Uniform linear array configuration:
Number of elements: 64
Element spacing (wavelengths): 0.25
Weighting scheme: binomial
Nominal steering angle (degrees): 0
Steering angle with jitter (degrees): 0.5092
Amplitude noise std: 0.05
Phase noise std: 0.05

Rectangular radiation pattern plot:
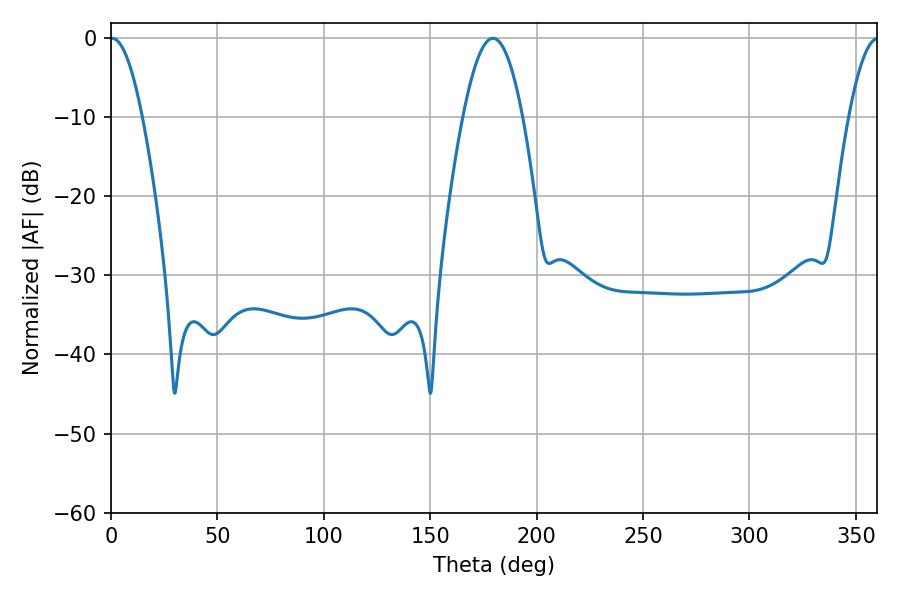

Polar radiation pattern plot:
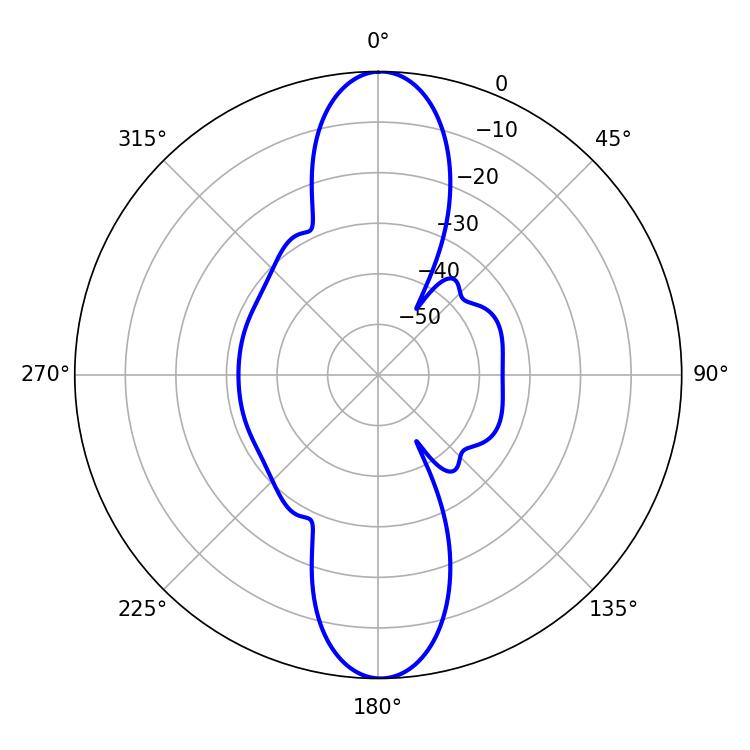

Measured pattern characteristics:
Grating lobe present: FALSE
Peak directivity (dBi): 25.96
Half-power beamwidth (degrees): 8.1
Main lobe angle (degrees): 0.54